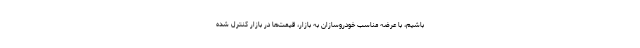
باشیم، با عرضه مناسب خودروسازان به بازار، قیمت‌ها در بازار کنترل شده